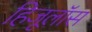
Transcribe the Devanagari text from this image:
हिजूलॉस